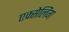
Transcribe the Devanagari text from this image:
एक्सेलिंग